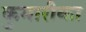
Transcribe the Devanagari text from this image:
कुमारीका